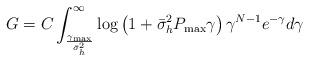
LaTeX: \begin{align*}G&= C\int_{\frac{\gamma_{\max}}{\bar{\sigma}_h^2}}^\infty \log\left(1+\bar{\sigma}_h^2P_{\max}\gamma \right)\gamma^{N-1}e^{-\gamma}d\gamma\end{align*}